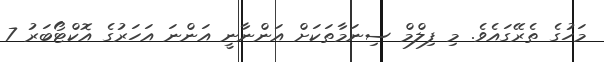
މަހުގެ ތެރޭގައެވެ. މި ފިލްމް ސިނަމާތަކަށް އަންނާނީ އަންނަ އަހަރުގެ އޮކްޓޯބަރު 7